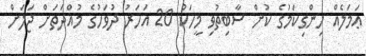
ޢަމަލެއް ހިންގިކަމުގެ ކުށް ސާބިތުވި މީހަކު 20 އަހަރު ދުވަހުގެ މުއްދަތަށް ޖަލަށް